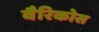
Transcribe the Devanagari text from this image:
वैरिकोस